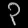
Digit: ၃